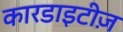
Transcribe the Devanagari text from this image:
कारडाइटीज़